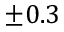
\pm 0 . 3